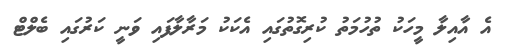
އެ އާއިލާ މީހަކު ތުހުމަތު ކުރިގޮތުގައި އެކަކު މަރާލާފައި ވަނީ ކަރުގައި ބެލްޓް